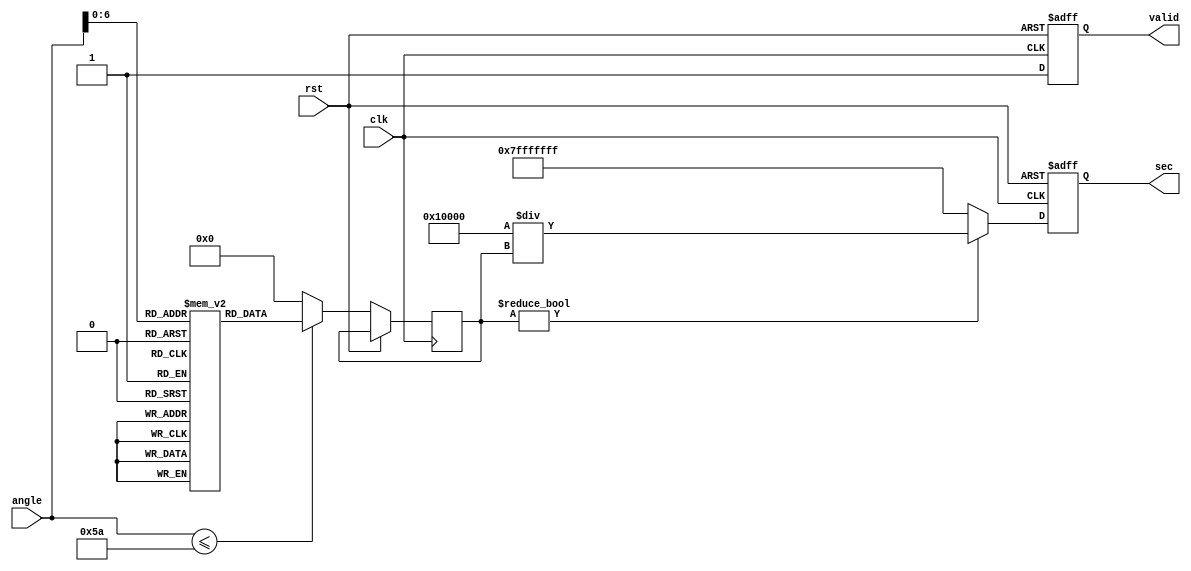
module secant_function (
    input wire [15:0] angle, // Input angle in radians (fixed-point)
    output reg [31:0] sec,   // Output secant value (fixed-point)
    input wire clk,          // Clock signal
    input wire rst,          // Reset signal
    output reg valid         // Output valid signal
);

    // Cosine Lookup Table (LUT) for angles 0 to 90 degrees (0 to /2 radians)
    reg [15:0] cos_lut [0:90]; // 16-bit cosine values
    initial begin
        // Initialize the LUT with precomputed cosine values (in fixed-point)
        // These values should be computed beforehand and filled in.
        cos_lut[0] = 16'h1000;  // cos(0) = 1.0
        cos_lut[1] = 16'h0FFF;  // cos(1 rad)  0.5403
        cos_lut[2] = 16'h0FFC;  // cos(2 rad)  -0.4161
        // ... Fill in the rest of the LUT ...
        cos_lut[90] = 16'h0000;  // cos(/2) = 0
    end

    reg [15:0] cos_value; // Holds the cosine value
    reg [31:0] reciprocal; // Holds the reciprocal value

    always @(posedge clk or posedge rst) begin
        if (rst) begin
            sec <= 32'h00000000; // Reset output
            valid <= 0;          // Reset valid signal
        end else begin
            // Compute cosine value from LUT based on input angle
            if (angle <= 90) begin
                cos_value <= cos_lut[angle]; // Get cosine value from LUT
            end else begin
                cos_value <= 16'h0000; // Out of range, set to 0
            end

            // Check for zero cosine value to avoid division by zero
            if (cos_value != 16'h0000) begin
                // Calculate reciprocal: sec(x) = 1 / cos(x)
                reciprocal = 32'h10000 / cos_value; // Scale up for fixed-point division
                sec <= reciprocal; // Assign secant value
            end else begin
                sec <= 32'h7FFFFFFF; // Max value to indicate overflow (secant approaches infinity)
            end

            valid <= 1; // Set valid signal
        end
    end

endmodule